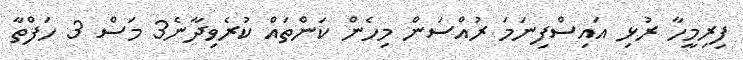
ފިރިމީހާ ރުޅި އައިސްފިނަމަ ރުއްސަން މިހެން ކަންތައް ކުރެވިދާނެ3 މަސް 3 ހަފްތާ